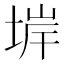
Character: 堓